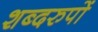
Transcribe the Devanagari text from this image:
शब्दरुपों